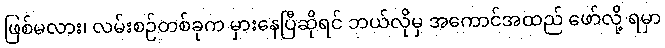
ဖြစ်မလား၊ လမ်းစဉ်တစ်ခုက မှားနေပြီဆိုရင် ဘယ်လိုမှ အကောင်အထည် ဖော်လို့ ရမှာ